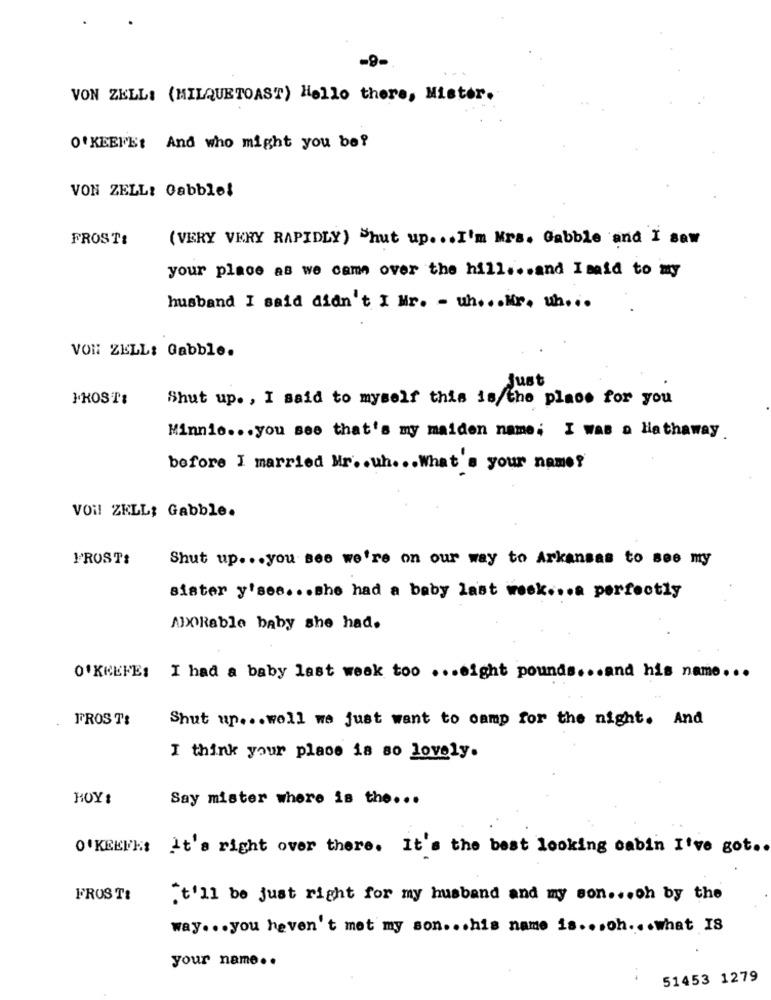
-9-
VON ZELL: (MILQUETOAST) Hello there, Mister.
O'KEEFEt And who might you be?
VON ZELL: Cabble!
FROST:
(VERY VERY RAPIDLY) Shut up ... I'm Mrs. Gabble and I saw
your place as we came over the hill ... and Isaid to my
husband I said didn't I Mr. - uh ... Mr. uh ...
VON ZELL: Gabble.
Just
FROST:
Shut up. , I said to myself this is the place for you
Minnie ... you see that's my maiden name; I was o Hathaway.
before I married Mr .. uh ... What's your name?
VON ZELL: Gabble.
FROSTS
Shut up ... you see we're on our way to Arkansas to see my
sister y'ses ... she had a baby last week .... perfectly
ADORable baby she had.
O'KEEFE: I had a baby last week too ... eight pounds ... and his name ...
FROST:
Shut up ... well we just want to camp for the night. And
I think your place is so lovely.
HOY:
Say mister where is the ...
O'KEEFE It's right over there. It's the best looking cabin I've got ..
FROST&
it'll be just right for my husband and my son ... oh by the
way ... you haven't met my son. .. his name is ... oh ... what IS
your name ..
51453 1279